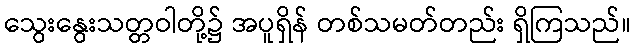
သွေးနွေးသတ္တဝါတို့၌ အပူရှိန် တစ်သမတ်တည်း ရှိကြသည်။